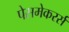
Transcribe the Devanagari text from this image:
पेसमेकरर्स